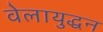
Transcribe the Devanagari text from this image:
वेलायुद्धन